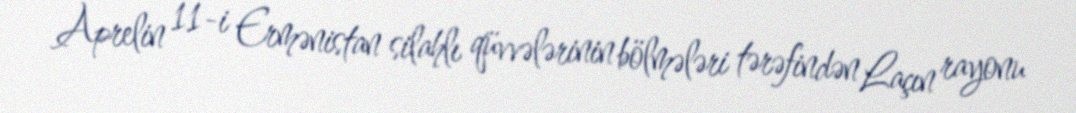
Aprelin 11-i Ermənistan silahlı qüvvələrinin bölmələri tərəfindən Laçın rayonu